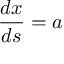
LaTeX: { \frac { d x } { d s } } = a